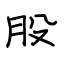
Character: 股